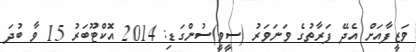
ވަޒީފާއަށް އެދޭ ފަރާތުގެ ވަނަވަރު (ސީވީ)ސުންގަޑި: 2014 އޮކްޓޫބަރު 15 ވާ ބުދަ